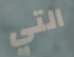
التي